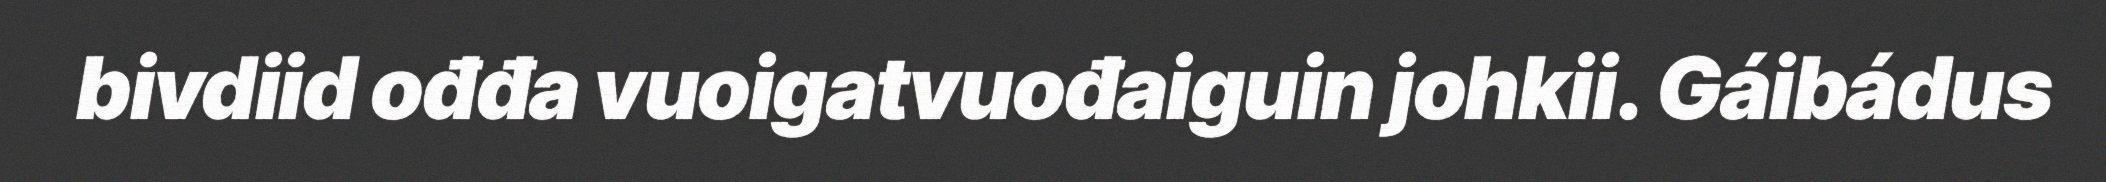
bivdiid ođđa vuoigatvuođaiguin johkii. Gáibádus